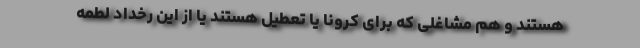
هستند و هم مشاغلی که برای کرونا یا تعطیل هستند یا از این رخداد لطمه